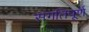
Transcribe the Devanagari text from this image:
संगतिपूर्ण